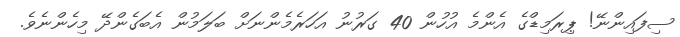
ސިފައިންނޭ! ޕިރަމިޑްގެ އެންމެ އުހުން 40 ގަރުނު އަހަރެމެންނަށް ބަލަމުން އެބަގެންދޭ މިހެންނެވެ.